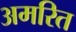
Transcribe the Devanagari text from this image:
अमरित